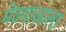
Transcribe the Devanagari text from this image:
मेंढपाळाला